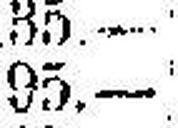
95.—